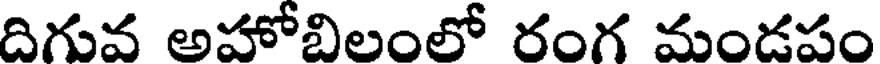
దిగువ అహోబిలంలో రంగ మండపం